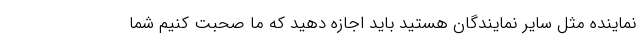
نماینده مثل سایر نمایندگان هستید باید اجازه دهید که ما صحبت کنیم شما